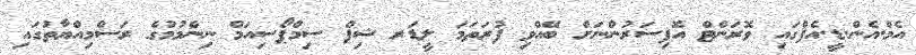
އެމް.އެން.ޑީ.އެފްގައި ވޮރަންޓް އޮފިސަރުންނަށް ބޭއްވި ފުރަތަމަ ލީޑަރ ޝިޕް ސިމްޕޯސިއަމް ނިންމުމުގެ ރަސްމިއްޔާތުގައި